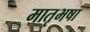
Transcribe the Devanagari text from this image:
मातृभषा